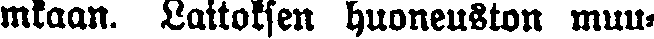
mkaan. Laitoksen huoneuston muu-